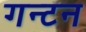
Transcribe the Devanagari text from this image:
गन्टन